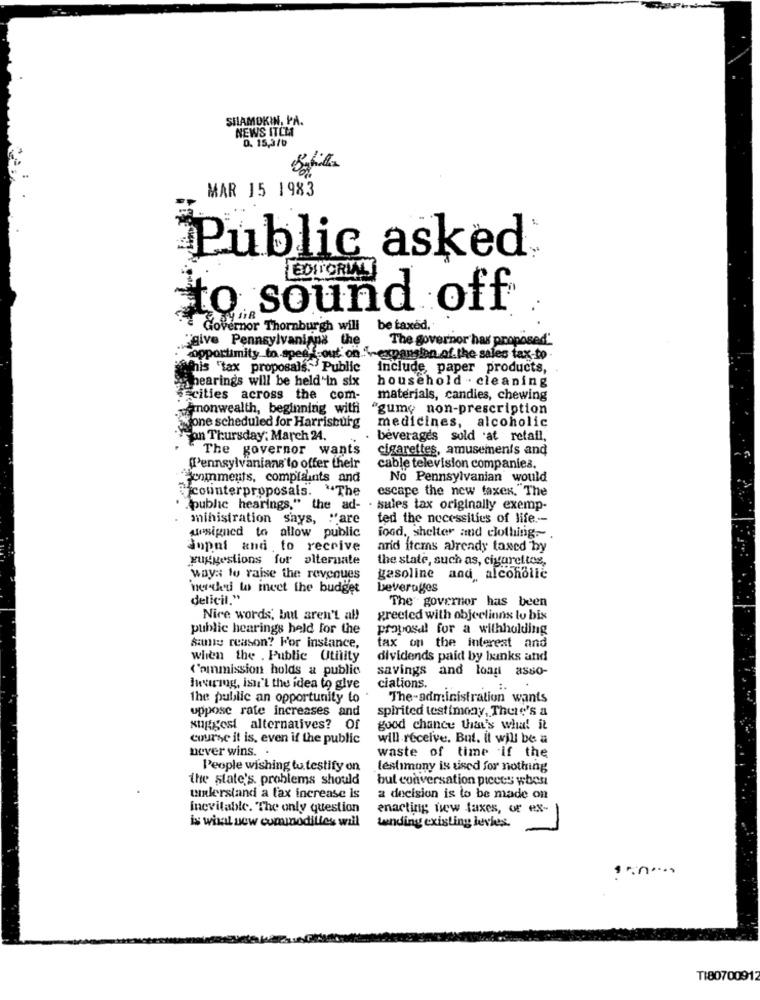
SHAMOKIN, PA.
NEWS ITEM
0. 15,3/0
MAR 15 1983
Public asked
to sound off
Governor Thornburgh will be taxed.
give Pennsylvaniana the
The governor hax proposed"
opportimity to speak out on "> expansion of the sales tax-to
this "tax proposals, Public
include, paper products,
hearings will be held in six
household . cleaning
Fcities across the com-
materials, candies, chewing
wemonwealth, beginning with
"gume non-prescription
medicines, alcoholic
one scheduled for Harrisburg
on Thursday: March 24.
beverages sold at retail,
The governor wants
cigarettes, amusements and
Pennsylvanians to offer their
cable television companies.
comments, complaints and
No Pennsylvanian would
counterproposals. "The
escape the new taxex. The
"public hearings," the ad- . sales tax originally exemp-
ministration says, "are
ted the necessities of life .--
unsigned to allow public
food, shelter and clothing .-
inpni and to receive
arid items already taxed by
yurtgestions for alternate
the state, such as, cigarettes,
way :: to raise the revenues
gasoline and alcoholic
'nerhe'd wo incet the budget
beverages
delicit."
The governor has been
Nice words, but aren't al!
greeted with objeelinns to bis
public hearings held for the
proposal for a withholding
sante reason? For instance,
tax on the interest and
when the . Public Utility
dividends paid by banks and
Commission holds a public
savings
and load asso-
Ivrig, isn't the idea to give
ciations.
The public an opportunity to
The-administration wants
uppose rate increases and
spirited testimony, There's a
suggest alternatives? Of
good chance that's what it
course it is, even if the public
will receive. But. il will be a
never wins. .
waste of time if the
People wishing to testify on
testimony is used for nothing
the state's. problems should
but conversation picees wbest
unlerstand a fax increase is
a decision is to be made on
Inevitable. The only question
enacting new taxes, or ex-
is what now commodities will
-
tending existing levies.
T180700912